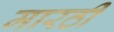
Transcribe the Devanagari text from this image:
मारठी